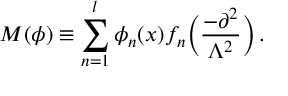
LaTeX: M ( \phi ) \equiv \sum _ { n = 1 } ^ { l } \phi _ { n } ( x ) f _ { n } \biggl ( \frac { - \partial ^ { 2 } } { \Lambda ^ { 2 } } \biggr ) \, .